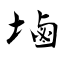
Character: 塷